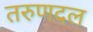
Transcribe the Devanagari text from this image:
तरुणदल